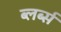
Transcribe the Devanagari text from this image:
ब्लर्ब्स